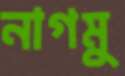
নাগমু